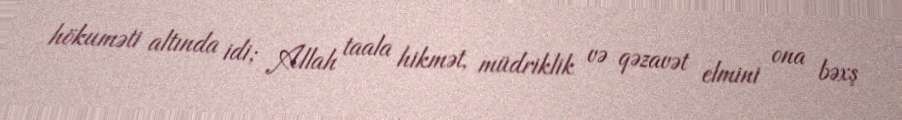
hökuməti altında idi; Allah taala hikmət, müdriklik və qəzavət elmini ona bəxş